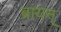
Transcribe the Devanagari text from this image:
ब्रायन्